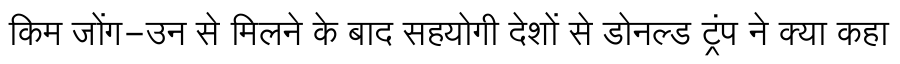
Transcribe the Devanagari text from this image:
किम जोंग-उन से मिलने के बाद सहयोगी देशों से डोनल्ड ट्रंप ने क्या कहा